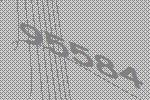
95584